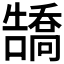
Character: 𪢡